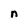
Character: n